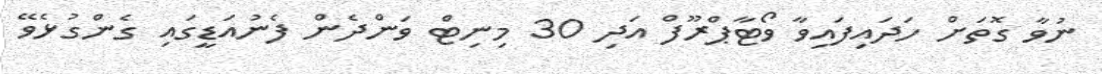
ނުވާ ގޮތަށް ހަދައިފައިވާ ވޯޓާޕްރޫފް އަދި 30 މިނިޓް ވަންދެން ފެނުއަޑީގައި ގެންގުޅެވޭ